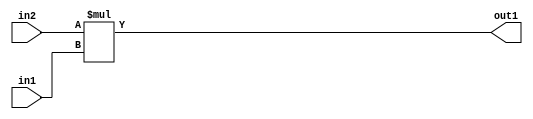
`timescale 1ps / 1ps
/*****************************************************************************
    Verilog RTL Description
    
    
    Created by: Stratus DpOpt 21.05.01 
*******************************************************************************/

module Filter_Mul_4Ux2U_5U_4 (
	in2,
	in1,
	out1
	); /* architecture "behavioural" */ 
input [3:0] in2;
input [1:0] in1;
output [4:0] out1;
wire [4:0] asc001;

assign asc001 = 
	+(in2 * in1);

assign out1 = asc001;
endmodule

/* CADENCE  urjxSQs= : u9/ySxbfrwZIxEzHVQQV8Q== ** DO NOT EDIT THIS LINE ******/